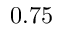
0 . 7 5